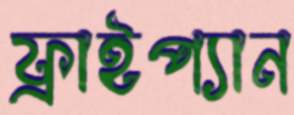
ফ্রাইপ্যান